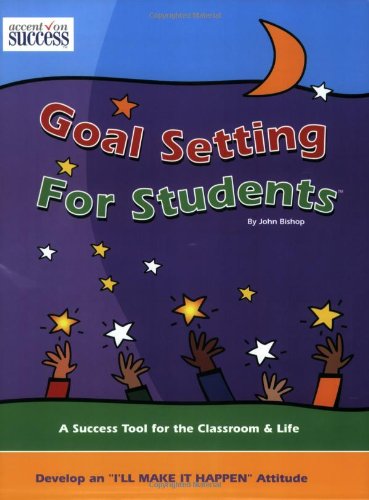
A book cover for Goal Setting for Students; John Bishop; Teen & Young Adult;